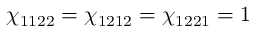
\chi _ { 1 1 2 2 } = \chi _ { 1 2 1 2 } = \chi _ { 1 2 2 1 } = 1